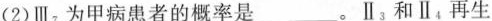
(2)Ⅲ，为甲病患者的概率是___。Ⅱ；和Ⅱ，再生